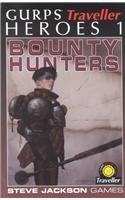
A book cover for GURPS Traveller Heroes 1 (Bounty Hunter; Brian Underhill; Science Fiction & Fantasy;